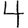
Digit: 4